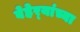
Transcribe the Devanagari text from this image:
बेहेर्‍यांच्या